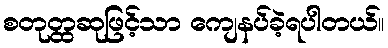
စတုတ္ထဆုဖြင့်သာ ကျေနပ်ခဲ့ရပါတယ်။